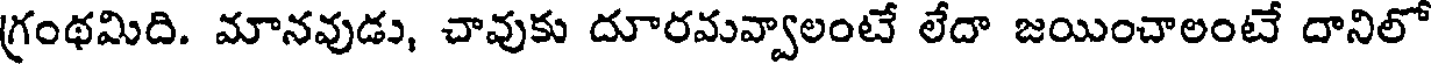
గ్రంథమిది. మానవుడు, చావుకు దూరమవ్వాలంటే లేదా జయించాలంటే దానిలో